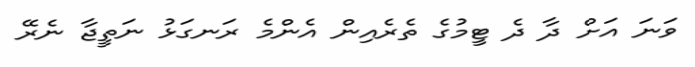
ވަނަ އަށް ދާ ދެ ޓީމުގެ ތެރެއިން އެންމެ ރަނގަޅު ނަތީޖާ ނެރޭ